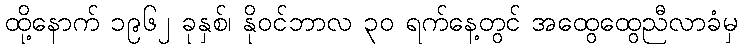
ထို့နောက် ၁၉၆၂ ခုနှစ်၊ နိုဝင်ဘာလ ၃၀ ရက်နေ့တွင် အထွေထွေညီလာခံမှ